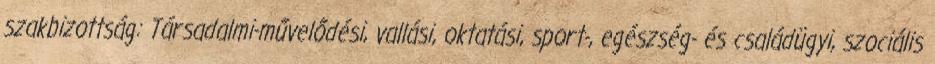
szakbizottság: Társadalmi-művelődési, vallási, oktatási, sport-, egészség- és családügyi, szociális